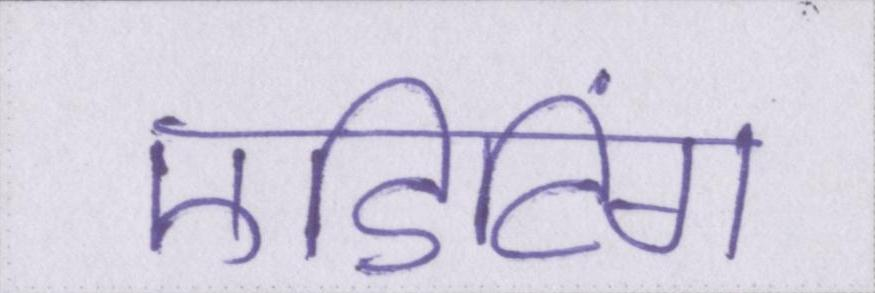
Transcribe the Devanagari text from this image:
एडिटिंग